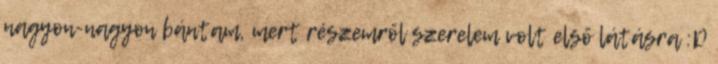
nagyon-nagyon bántam, mert részemről szerelem volt első látásra :D